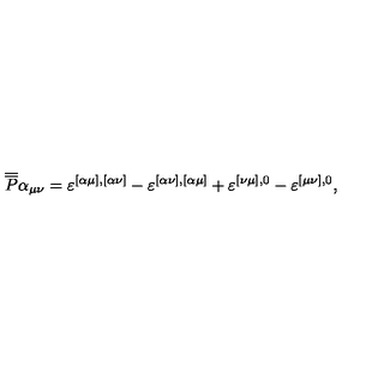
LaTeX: \overline { { \overline { { P } } } } \alpha _ { \mu \nu } = \varepsilon ^ { [ \alpha \mu ] , [ \alpha \nu ] } - \varepsilon ^ { [ \alpha \nu ] , [ \alpha \mu ] } + \varepsilon ^ { [ \nu \mu ] , 0 } - \varepsilon ^ { [ \mu \nu ] , 0 } ,